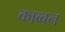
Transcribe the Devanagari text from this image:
काब्बन